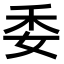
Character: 委